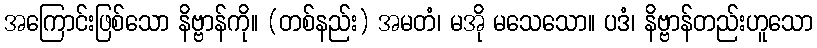
အကြောင်းဖြစ်သော နိဗ္ဗာန်ကို။ (တစ်နည်း) အမတံ၊ မအို မသေသော။ ပဒံ၊ နိဗ္ဗာန်တည်းဟူသော